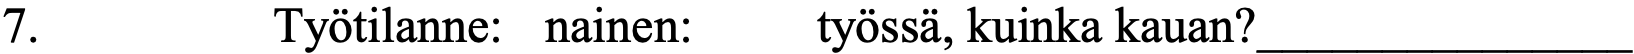
7.       Työtilanne: nainen: työssä, kuinka kauan?_______________